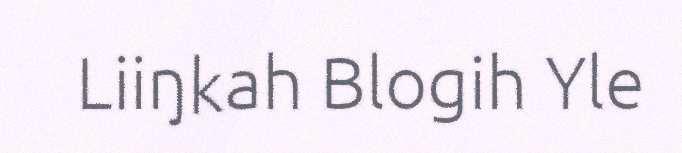
Liiŋkah Blogih Yle